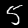
Digit: 5